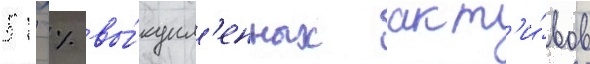
51 % вы́купл'енных акт'и́вов